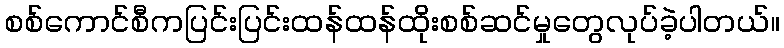
စစ်ကောင်စီကပြင်းပြင်းထန်ထန်ထိုးစစ်ဆင်မှုတွေလုပ်ခဲ့ပါတယ်။